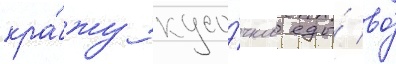
кра́жу кусо́чков еды́ во́